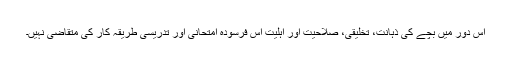
اس دور میں بچے کی ذہانت، تخلیقی، صلاحیت اور اہلیت اس فرسودہ امتحانی اور تدریسی طریقہ کار کی متقاضی نہیں۔